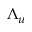
\Lambda _ { u }